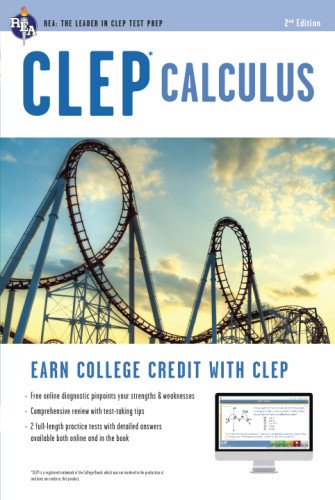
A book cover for CLEPÂ® Calculus Book + Online (CLEP Test Preparation); Gregory Hill; Test Preparation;